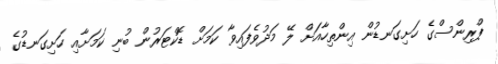
ޕްރިންސްގެ ހަށިގަނޑުން އިންތިހާއަށް ލޭ މަދުވެފައިވާ ކަމަށް ޑޮކްޓަރުން ބުނި ކަމަށާއި ހަށިގަނޑުގެ